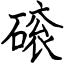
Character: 磙